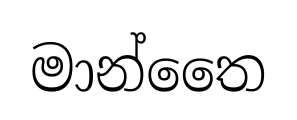
මාන්තෛ